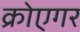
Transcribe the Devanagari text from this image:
क्रोएगर